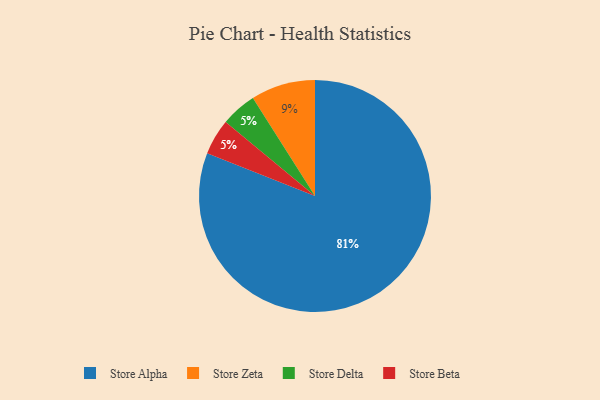
{"axis": {"x": "Category", "y": "Percentage"}, "legend": ["Store Alpha", "Store Beta", "Store Delta", "Store Zeta"], "data": [{"x": "Store Alpha", "y": 81, "type": "Store Alpha"}, {"x": "Store Zeta", "y": 9, "type": "Store Zeta"}, {"x": "Store Delta", "y": 5, "type": "Store Delta"}, {"x": "Store Beta", "y": 5, "type": "Store Beta"}]}